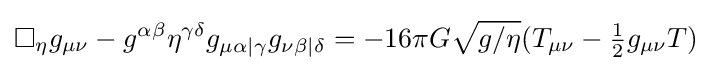
\Box _{\eta }g_{\mu \nu }-g^{\alpha \beta }\eta ^{\gamma \delta }g_{\mu \alpha |\gamma }g_{\nu \beta |\delta }=-16\pi G{\sqrt {g/\eta }}(T_{\mu \nu }-\textstyle {\frac {1}{2}}g_{\mu \nu }T)